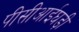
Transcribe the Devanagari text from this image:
पीसीआईघड़ी